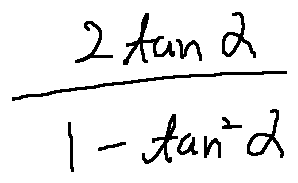
\frac { 2 \tan \alpha } { 1 - \tan ^ { 2 } \alpha }